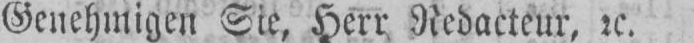
Genehmigen Sie, Herr Redacteur, etc.